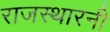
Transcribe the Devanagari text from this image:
राजस्थारनी